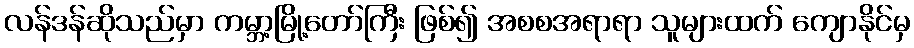
လန်ဒန်ဆိုသည်မှာ ကမ္ဘာ့မြို့တော်ကြီး ဖြစ်၍ အစစအရာရာ သူများထက် ကျောနိုင်မှ